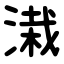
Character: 溨